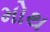
મોથ